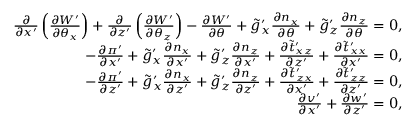
\begin{array} { r } { \frac { \partial } { \partial x ^ { \prime } } \left( \frac { \partial W ^ { \prime } } { \partial \theta _ { x } } \right) + \frac { \partial } { \partial z ^ { \prime } } \left( \frac { \partial W ^ { \prime } } { \partial \theta _ { z } } \right) - \frac { \partial W ^ { \prime } } { \partial \theta } + \tilde { g } _ { x } ^ { \prime } \frac { \partial n _ { x } } { \partial \theta } + \tilde { g } _ { z } ^ { \prime } \frac { \partial n _ { z } } { \partial \theta } = 0 , } \\ { - \frac { \partial \pi ^ { \prime } } { \partial x ^ { \prime } } + \tilde { g } _ { x } ^ { \prime } \frac { \partial n _ { x } } { \partial x ^ { \prime } } + \tilde { g } _ { z } ^ { \prime } \frac { \partial n _ { z } } { \partial x ^ { \prime } } + \frac { \partial \tilde { t } _ { x z } ^ { \prime } } { \partial z ^ { \prime } } + \frac { \partial \tilde { t } _ { x x } ^ { \prime } } { \partial x ^ { \prime } } = 0 , } \\ { - \frac { \partial \pi ^ { \prime } } { \partial z ^ { \prime } } + \tilde { g } _ { x } ^ { \prime } \frac { \partial n _ { x } } { \partial z ^ { \prime } } + \tilde { g } _ { z } ^ { \prime } \frac { \partial n _ { z } } { \partial z ^ { \prime } } + \frac { \partial \tilde { t } _ { z x } ^ { \prime } } { \partial x ^ { \prime } } + \frac { \partial \tilde { t } _ { z z } ^ { \prime } } { \partial z ^ { \prime } } = 0 , } \\ { \frac { \partial v ^ { \prime } } { \partial x ^ { \prime } } + \frac { \partial w ^ { \prime } } { \partial z ^ { \prime } } = 0 , } \end{array}